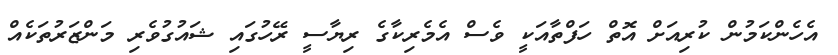
އެހެންކަމުން ކުރިއަށް އޮތް ހަފްތާއަކީ ވެސް އެމެރިކާގެ ރިޔާސީ ރޭހުގައި ޝައުގުވެރި މަންޒަރުތަކެއް